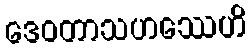
ဒေဝတာသဟဿေဟိ